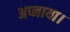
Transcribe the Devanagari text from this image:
अप्नाया।